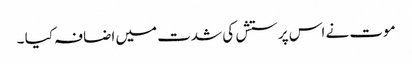
موت نے اس پرستش کی شدت میں اضافہ کیا ۔